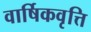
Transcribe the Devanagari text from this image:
वार्षिकवृत्ति